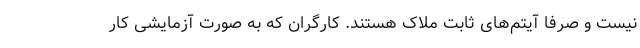
نیست و صرفا آیتم‌های ثابت ملاک هستند. کارگران که به صورت آزمایشی کار